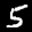
Label: 5